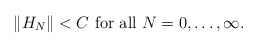
\begin{align*}\|H_N\|< C\textrm{ for all }N=0,\ldots,\infty. \end{align*}